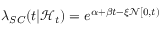
\lambda _ { S C } ( t | \mathcal { H } _ { t } ) = e ^ { \alpha + \beta t - \xi \mathcal { N } [ 0 , t ) }